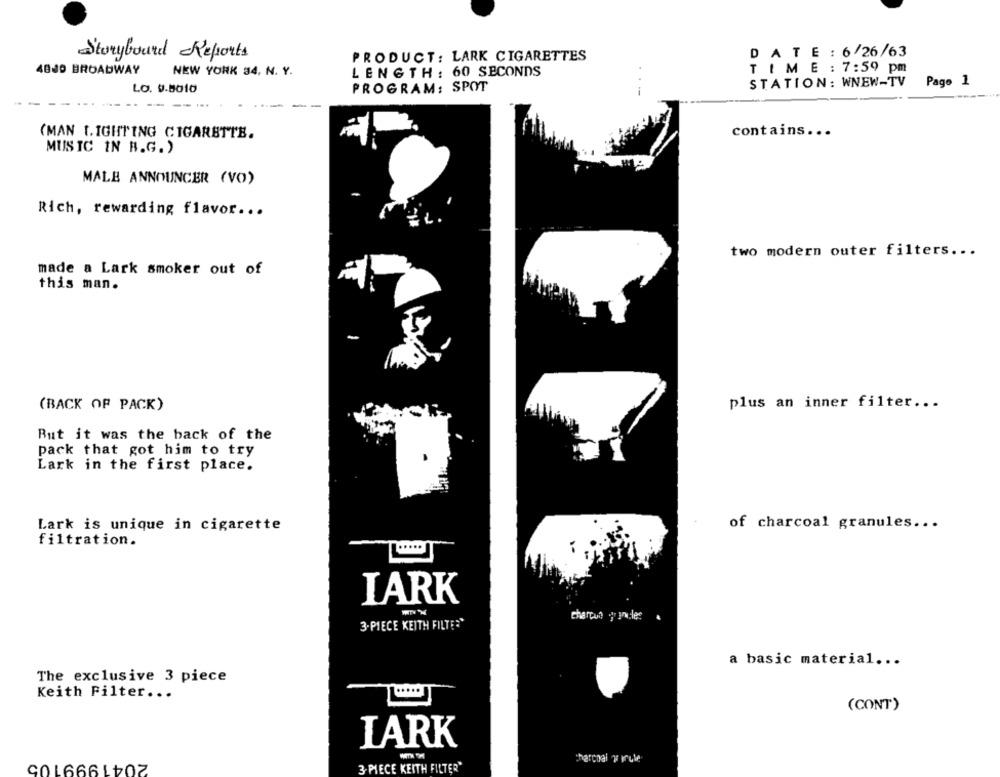
DATE : 6/26/63
Storyboard Reports
PRODUCT: LARK CIGARETTES
4880 BROADWAY
TIME : 7:59 pm
NEW YORK 84, N. Y.
LENGTH : 60 SECONDS
STATION: WNEW-TV
Page 1
LO. 9.5010
PROGRAM: SPOT
contains ...
(MAN LIGHTING CIGARETTE.
MUSIC IN B.G. )
MALE ANNOUNCER (VO)
Rich, rewarding flavor ...
two modern outer filters ...
made a Lark smoker out of
this man.
(BACK OF PACK)
plus an inner filter ...
But it was the back of the
pack that got him to try
Lark in the first place.
Lark is unique in cigarette
of charcoal granules ...
filtration.
LARK
3-PIECE KEITH FILTER
a basic material ...
The exclusive 3 piece
Keith Filter ...
(CONT)
LARK
2041999105
charcoal we rule
3 PIECE KEITH FILTER'